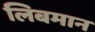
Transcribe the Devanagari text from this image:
लिबमान